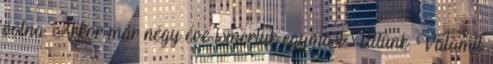
volna. Akkor már négy éve ismertük egymást. Ültünk. Valamit